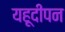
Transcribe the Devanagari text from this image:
यहूदीपन